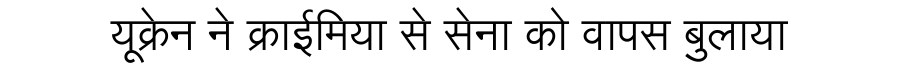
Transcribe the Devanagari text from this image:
यूक्रेन ने क्राईमिया से सेना को वापस बुलाया